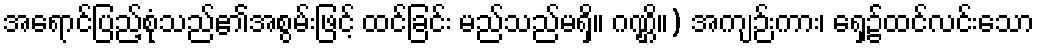
အရောင်ပြည့်စုံသည်၏အစွမ်းဖြင့် ထင်ခြင်း မည်သည်မရှိ။ ဂဏ္ဌိ။) အကျဉ်းကား၊ ရှေ့၌ထင်လင်းသော